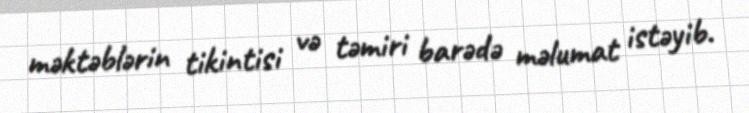
məktəblərin tikintisi və təmiri barədə məlumat istəyib.